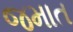
જમાત